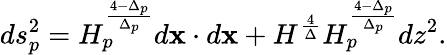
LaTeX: ds_{p}^{2}=H_{p}^{\frac{4-\Delta_{p}}{\Delta_{p}}}d{\mathbf x}\cdot d{\mathbf x}+H^{\frac{4}{\Delta}}H_{p}^{\frac{4-\Delta_{p}}{\Delta_{p}}}dz^{2}.